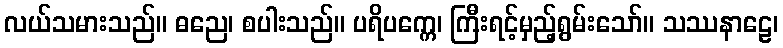
လယ်သမားသည်။ ဓညေ၊ စပါးသည်။ ပရိပက္ကေ၊ ကြီးရင့်မှည့်ရွမ်းသော်။ သဿနာဠေ၊